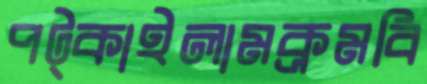
পট্‌কাইলামক্রমবি